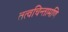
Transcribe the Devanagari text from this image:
तत्वचिन्तामणि